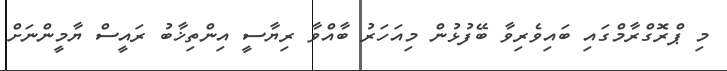
މި ޕްރޮގްރާމްގައި ބައިވެރިވާ ބޭފުޅުން މިއަހަރު ބާއްވާ ރިޔާސީ އިންތިޚާބު ރައީސް ޔާމީންނަށް